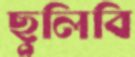
ছুলিবি